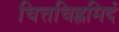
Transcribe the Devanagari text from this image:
चित्तचिह्नमिदं